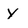
Character: Y